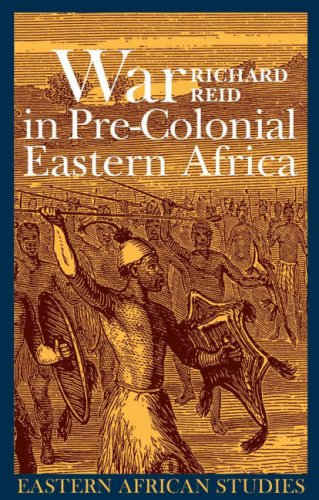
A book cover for War in Pre-colonial Eastern Africa: The Patterns and Meanings of State-level Conflict in the 19th Century (Eastern African Studies); Richard Reid; Literature & Fiction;